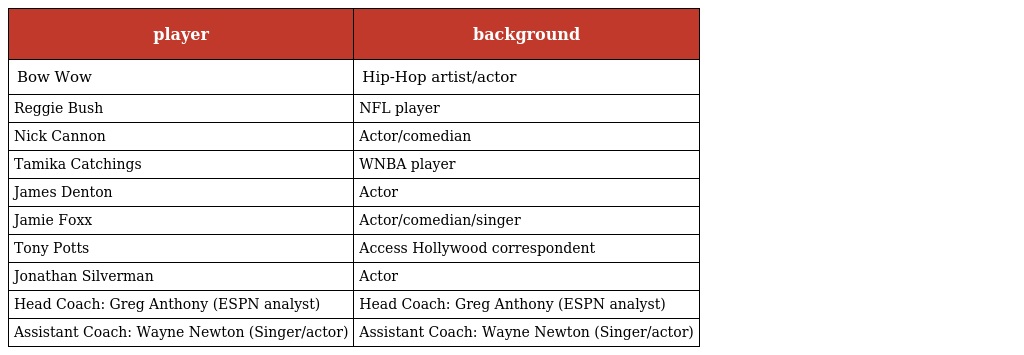
| player | background |
 | --- | --- |
 | Bow Wow | Hip-Hop artist/actor |
 | Reggie Bush | NFL player |
 | Nick Cannon | Actor/comedian |
 | Tamika Catchings | WNBA player |
 | James Denton | Actor |
 | Jamie Foxx | Actor/comedian/singer |
 | Tony Potts | Access Hollywood correspondent |
 | Jonathan Silverman | Actor |
 | Head Coach: Greg Anthony (ESPN analyst) | Head Coach: Greg Anthony (ESPN analyst) |
 | Assistant Coach: Wayne Newton (Singer/actor) | Assistant Coach: Wayne Newton (Singer/actor) |